Vaccination in Bombay 1889-1901 - 1889-1901
Year: 1889
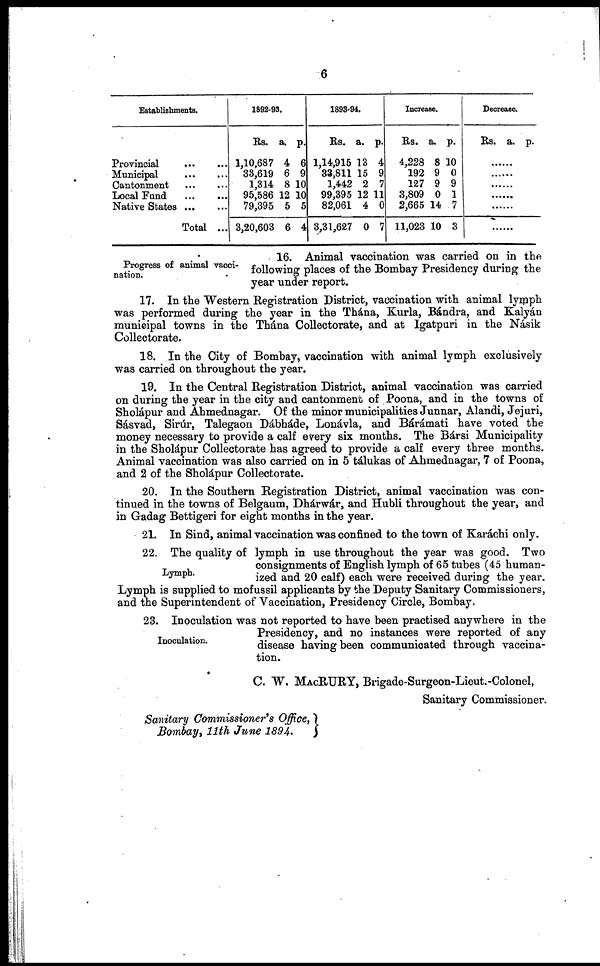
6
Establishments.
Provincial
...
...
Municipal
...
...
Cantonment ... ...
Local Fund ... ...
Native States
Total ...
1892-93.
Rs.
1,10,687
33,619
1,314
95,586
79,395
3,20,603
a.
4
6
8
12
5
6
p.
6
9
10
10
5
4
1893-94.
Rs.
1,14,915
33,811
1,442
99,395
82,061
3,31,627
a.
13
15
2
12
4
0
p.
4
9
7
11
0
7
Increase.
Rs.
4,228
192
127
3,809
2,665
11,023
a.
8
9
9
0
14
10
p.
10
0
9
1
7
3
Decrease.
Rs. a. p.
......
......
......
......
......
......
Progress of animal vacci-
nation.
16. Animal vaccination was carried on in the
following places of the Bombay Presidency during the
year under report.
17. In the Western Registration District, vaccination with animal lymph
was performed during the year in the Thána, Kurla, Bándra, and Kalyán
municipal towns in the Thána Collectorate, and at Igatpuri in the Násik
Collectorate.
18. In the City of Bombay, vaccination with animal lymph exclusively
was carried on throughout the year.
19. In the Central Registration District, animal vaccination was carried
on during the year in the city and cantonment of Poona, and in the towns of
Sholápur and Ahmednagar. Of the minor municipalities Junnar, Alandi, Jejuri,
Sásvad, Sirúr, Talegaon Dábháde, Lonávla, and Bárámati have voted the
money necessary to provide a calf every six months. The Bársi Municipality
in the Sholápur Collectorate has agreed to provide a calf every three months.
Animal vaccination was also carried on in 5 tálukas of Ahmednagar, 7 of Poona,
and 2 of the Sholápur Collectorate.
20. In the Southern Registration District, animal vaccination was con-
tinued in the towns of Belgaum, Dhárwár, and Hubli throughout the year, and
in Gadag Bettigeri for eight months in the year.
21. In Sind, animal vaccination was confined to the town of Karáchi only.
Lymph.
22. The quality of lymph in use throughout the year was good. Two
consignments of English lymph of 65 tubes (45 human-
ized and 20 calf) each were received during the year.
Lymph is supplied to mofussil applicants by the Deputy Sanitary Commissioners,
and the Superintendent of Vaccination, Presidency Circle, Bombay.
Inoculation.
23. Inoculation was not reported to have been practised anywhere in the
Presidency, and no instances were reported of any
disease having been communicated through vaccina-
tion.
C. W. MACRURY, Brigade-Surgeon-Lieut.-Colonel,
Sanitary Commissioner.
Sanitary Commissioner's Office,
Bombay, 11th June 1894.